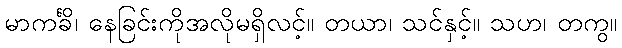
မာကင်္ခိ၊ နေခြင်းကိုအလိုမရှိလင့်။ တယာ၊ သင်နှင့်။ သဟ၊ တကွ။